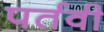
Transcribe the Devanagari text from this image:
पर्तवी